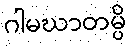
ဂါမဃာတမ္ပိ